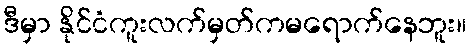
ဒီမှာ နိုင်ငံကူးလက်မှတ်ကမရောက်နေဘူး။